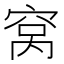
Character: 窝